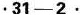
·31—2·